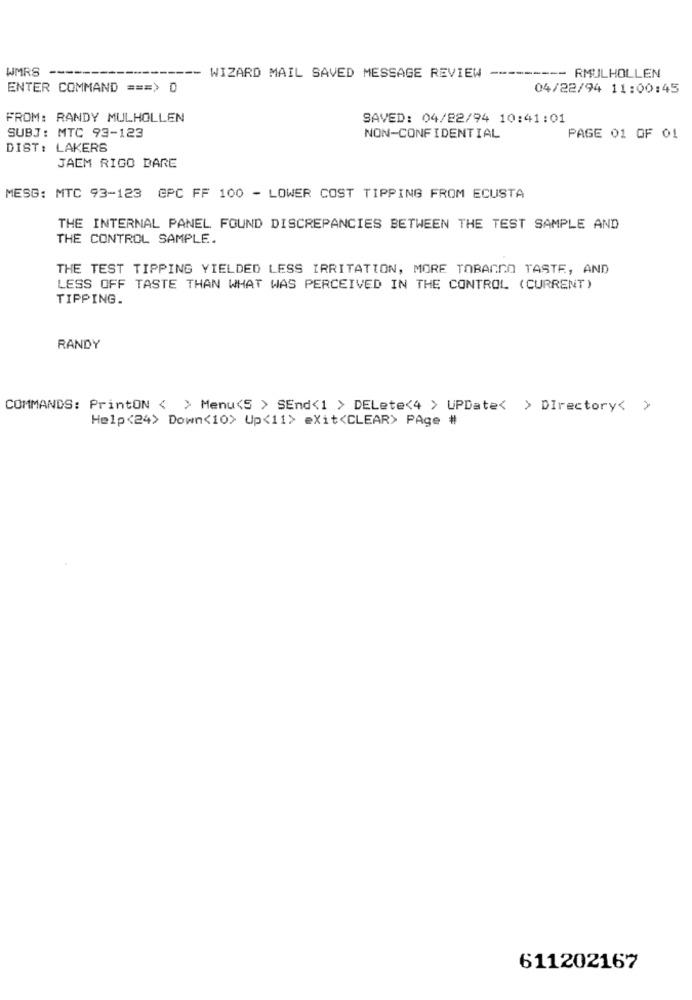
WMRS ----
---- RMULHOLLEN
--- WIZARD MAIL SAVED MESSAGE REVIEW
ENTER COMMAND === > 0
04/22/94 11:00:45
FROM: RANDY MULHOLLEN
SAVED: 04/22/94 10:41:01
SUBJ: MTC 93-123
NON-CONFIDENTIAL
PAGE 01 OF 01
DIST: LAKERS
JAEM RIGO DARE
MESG: MTC 93-123 CPC FF 100 - LOWER COST TIPPING FROM ECUSTA
THE INTERNAL PANEL FOUND DISCREPANCIES BETWEEN THE TEST SAMPLE AND
THE CONTROL SAMPLE.
THE TEST TIPPING YIELDED LESS IRRITATION, MORE TOBACCO TASTE, AND
LESS OFF TASTE THAN WHAT WAS PERCEIVED IN THE CONTROL (CURRENT)
TIPPING.
RANDY
COMMANDS: PrintON < > Menu<5 > SEnd<1 > DELete<4 > UPDate< > Directory< >
Help<24> Down<10> Up<11> exit<CLEAR> PAge #
611202167